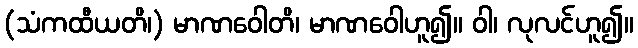
(သံကထီယတိ၊) မာဏဝေါတိ၊ မာဏဝေါဟူ၍။ ဝါ၊ လုလင်ဟူ၍။